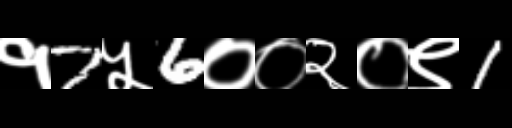
Text: १7५6००२०९1